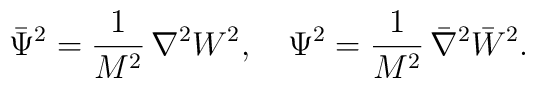
{\bar \Psi}^2 = \frac{1}{M^2} \,\nabla^2 {W^2}, \quad \Psi^2 =\frac{1}{M^2} \,{\bar \nabla}^2 {\bar W}^2.